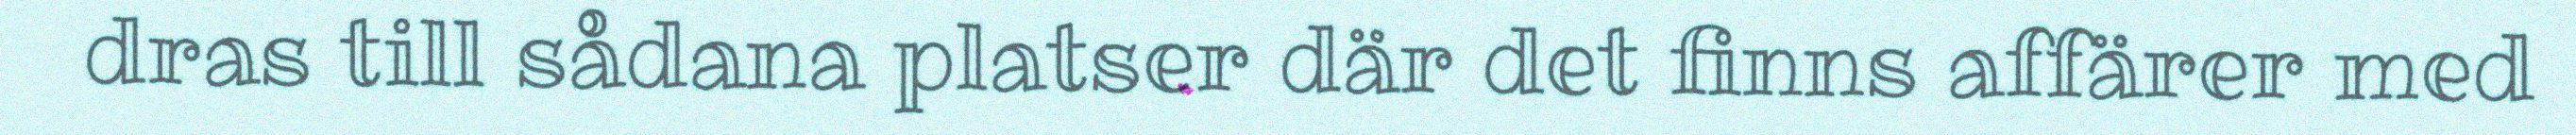
dras till sådana platser där det finns affärer med